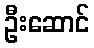
ဦးဆောင်